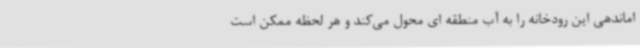
اماندهی این رودخانه را به آب منطقه ای محول می‌کند و هر لحظه ممکن است